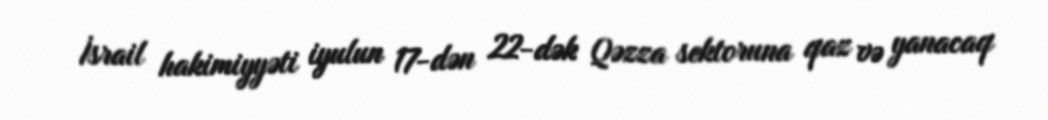
İsrail hakimiyyəti iyulun 17-dən 22-dək Qəzza sektoruna qaz və yanacaq